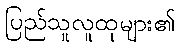
ပြည်သူလူထုများ၏